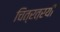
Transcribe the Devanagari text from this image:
चित्रत्रयी